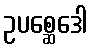
ဥပစ္ဆေဒေါ